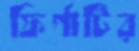
ফির্গাটির